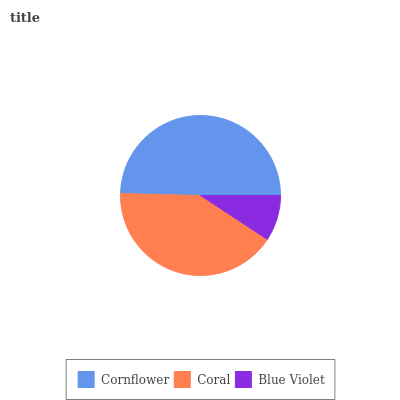
| Cornflower | Coral | Blue Violet |
 | --- | --- | --- |
 | 49.6% | 41.2% | 9.24% |